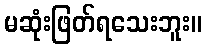
မဆုံးဖြတ်ရသေးဘူး။